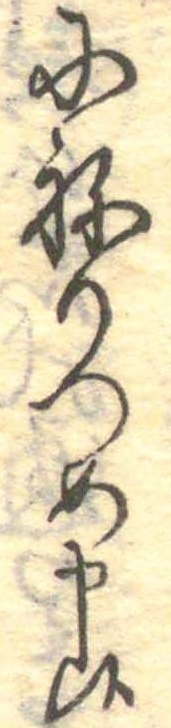
にねりつめ申候